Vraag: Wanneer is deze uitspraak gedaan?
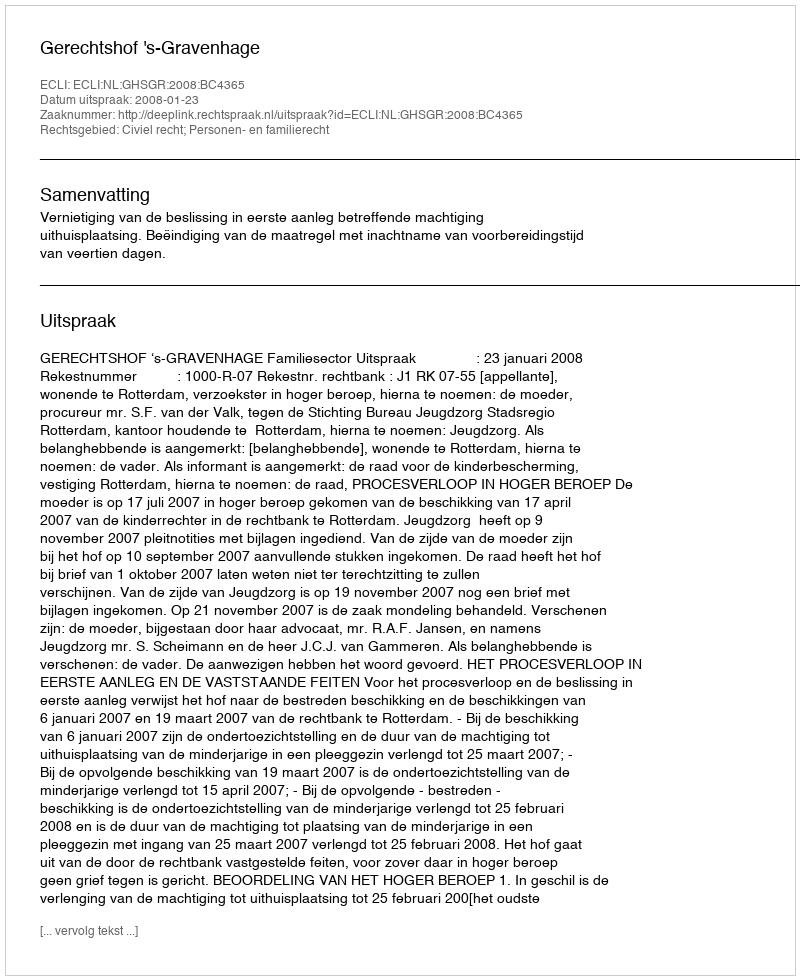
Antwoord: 2008-01-23